Vaccine operations Central Provinces 1886-1899 - 1886-1899
Year: 1886
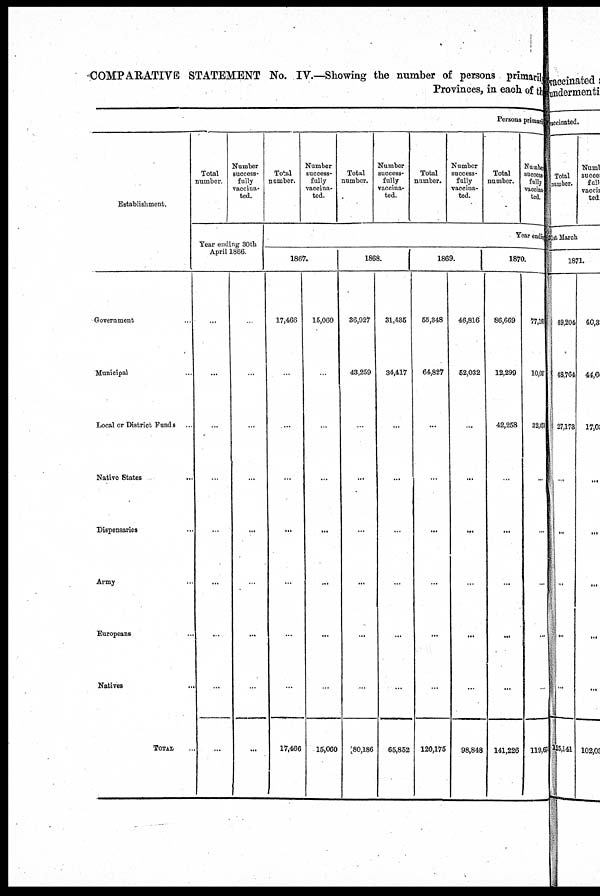
COMPARATIVE STATEMENT No. IV.—Showing the number of persons primarily
Provinces, in each of the
Persons primari
Establishment.
Government ...
Municipal ...
Local or District Funds ...
Native States ...
Dispensaries ...
Army ...
Europeans ...
Natives ...
TOTAL ...
Total
number.
Number
success-
fully
vaccina-
ted.
Year ending 30th
April 1866.
...
...
...
...
...
...
...
...
...
...
...
...
...
...
...
...
...
...
Total
number.
Number
success-
fully
vaccina-
ted.
Total
number.
Number
success-
fully
vaccina-
ted.
Total
number.
Number
success-
fully
vaccina-
ted.
Total
number.
Number
success-
fully
vaccina-
ted.
Year ending
1867.
17,466
...
...
...
...
...
...
...
17,466
15,060
...
...
...
...
...
...
...
15,060
1868.
36,927
43,259
...
...
...
...
...
...
80,186
31,435
34,417
...
...
...
...
...
...
65,852
1869.
55,348
64,827
...
...
...
...
...
...
120,175
46,816
52,032
...
...
...
...
...
...
98,848
1870.
86,669
12,299
42,258
...
...
...
...
...
141,226
77,10
10,03
32,47
...
...
...
...
...
119,670